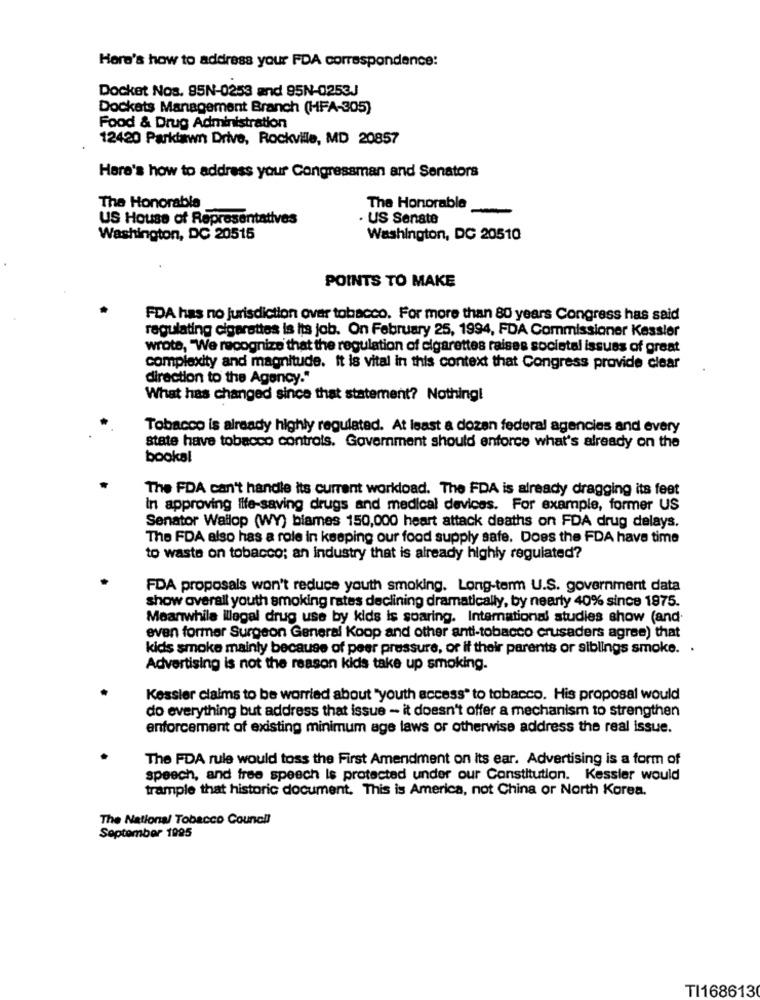
Here's how to address your FDA correspondence:
Docket Nos. 85N-0253 and 95N-0253J
Dockets Management Branch (HFA-305)
Food & Drug Administration
12420 Parktawn Drive, Rockville, MD 20857
Here's how to address your Congressman and Senators
The Honorable
The Honorable
US House of Representatives
· US Senate
Washington, DC 20515
Washington, DC 20510
POINTS TO MAKE
FDA has no jurisdiction over tobacco. For more than 80 years Congress has said
regulating cigarettes is its job. On February 25, 1994, FDA Commissioner Kessler
wrote, "We recognize that the regulation of cigarettes raises societal issues of great
complexity and magnitude. it is vital in this context that Congress provide clear
direction to the Agency."
What has changed since that statement? Nothing!
Tobacco is already highly regulated. At least a dozen federal agencies and every
state have tobacco controls. Government should enforce what's already on the
bookal
The FDA can't handle its current workload. The FDA is already dragging its feet
In approving life-saving drugs and medical devices. For example, former US
Senator Wallop (WY) blames 150,000 heart attack deaths on FDA drug delays.
The FDA also has a role in keeping our food supply safe. Does the FDA have time
to waste on tobacco; an industry that is already highly regulated?
FDA proposals won't reduce youth smoking. Long-term U.S. government data
show overall youth smoking rates declining dramatically, by nearly 40% since 1975.
Meanwhile illegal drug use by kids is soaring. International studies show (and.
even former Surgeon General Koop and other anti-tobacco crusaders agree) that
kids smoke mainly because of peer pressure, or if their parents or siblings smoke. .
Advertising is not the reason kids take up smoking.
Kessler claims to be worried about "youth access" to tobacco. His proposal would
do everything but address that issue - it doesn't offer a mechanism to strengthen
enforcement of existing minimum age laws or otherwise address the real issue.
The FDA rule would toss the First Amendment on its ear. Advertising is a form of
speech, and free speech Is protected under our Constitution. Kessler would
trample that historic document. This is America, not China or North Korea.
The National Tobacco Council
September 1995
TI168613